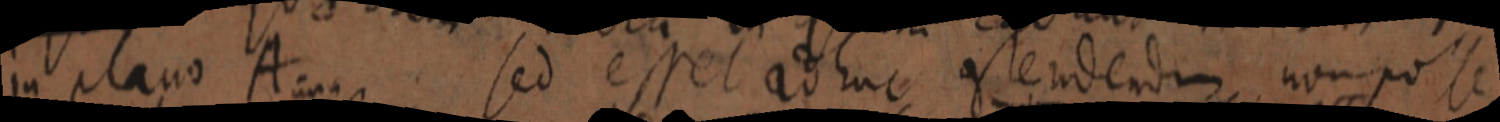
in plano A sed esset adhuc constendendum non posse